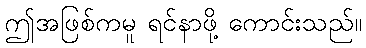
ဤအဖြစ်ကမူ ရင်နာဖို့ ကောင်းသည်။